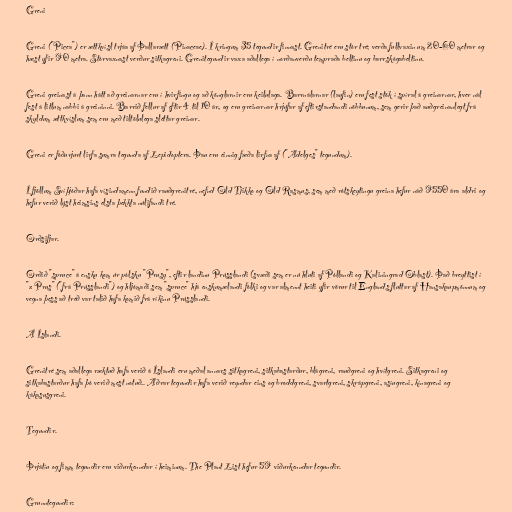
Greni

Greni ("Picea") er ættkvísl trjáa af Þallarætt (Pinaceae). Í kringum 35 tegundir finnast. Grenitré eru stór tré; verða fullvaxin um 20-60 metrar og
hæst yfir 90 metra. Stórvaxnast verður sitkagreni. Grenitegundir vaxa aðallega í norðanverðu tempraða beltinu og barrskógabeltinu.

Greni greinast á þann hátt að greinarnar eru í hvirfingu og að könglarnir eru keilulaga. Barrnálarnar (laufin) eru fest stök í spíral á greinarnar, hver nál
fest á litlum nabbi á greininni. Barrið fellur af eftir 4 til 10 ár, og eru greinarnar hrjúfar af eftirstandandi nöbbunum, sem gerir það auðgreinanlegt frá
skyldum ættkvíslum sem eru með tiltölulega sléttar greinar.

Greni er fóðurjurt lirfa sumra tegunda af Lepidoptera. Þau eru einnig fæða lirfna af ("Adelges" tegundum).

Í fjöllum Svíþjóðar hafa vísindamenn fundið rauðgrenitré, nefnd Old Tjikko og Old Rasmus, sem með rótskeytingu greina hefur náð 9550 ára aldri og
hefur verið lýst heimsins elsta þekkta núlifandi tré.

Orðsifjar.

Orðið "spruce" á ensku kom úr pólsku "Prusy", eftir landinu Prússlandi (svæði sem er nú hluti af Póllandi og Kaliningrad Oblast). Það breyttist í
"z Prus" ("frá Prússlandi") og hljómaði sem "spruce" hjá enskumælandi fólki og var almennt heiti yfir vörur til Englands fluttar af Hansakaupmönnum og
vegna þess að tréð var talið hafa komið frá ríkinu Prússlandi.

Á Íslandi.

Grenitré sem aðallega ræktuð hafa verið á Íslandi eru meðal annars sitkagreni, sitkabastarður, blágreni, rauðgreni og hvítgreni. Sitkagreni og
sitkabastarður hafa þó verið mest notuð.. Aðrar tegundir hafa verið reyndar eins og broddgreni, svartgreni, skrápgreni, asíugreni, kínagreni og
kákasusgreni.

Tegundir.

Þrjátíu og fimm tegundir eru viðurkenndar í heiminum. The Plant List hefur 59 viðurkenndar tegundir.

Grunntegundir: